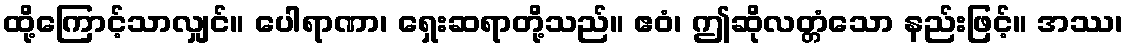
ထို့ကြောင့်သာလျှင်။ ပေါရာဏာ၊ ရှေးဆရာတို့သည်။ ဧဝံ၊ ဤဆိုလတ္တံသော နည်းဖြင့်။ အဿ၊